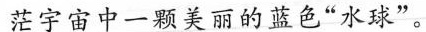
茫宇宙中一颗美丽的蓝色”水球”。